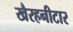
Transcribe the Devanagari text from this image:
खैरहनीटार